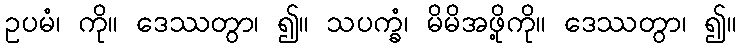
ဥပမံ၊ ကို။ ဒေဿတွာ၊ ၍။ သပက္ခံ၊ မိမိအဖို့ကို။ ဒေဿတွာ၊ ၍။